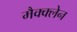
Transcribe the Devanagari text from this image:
मैक्क्लेन